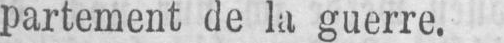
partement de la guerre.